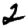
Digit: 2